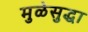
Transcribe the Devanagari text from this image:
मुळेसुद्धा